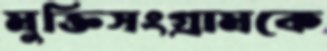
মুক্তিসংগ্রামকে